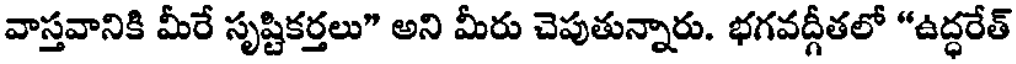
వాస్తవానికి మీరే సృష్టికర్తలు" అని మీరు చెపుతున్నారు. భగవద్గీతలో "ఉద్ధరేత్